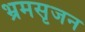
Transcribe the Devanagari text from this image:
भ्रमसृजन